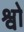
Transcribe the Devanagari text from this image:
श्वो